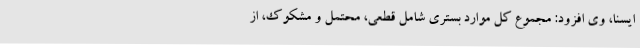
ایسنا، وی افزود: مجموع کل موارد بستری شامل قطعی، محتمل و مشکوک، از